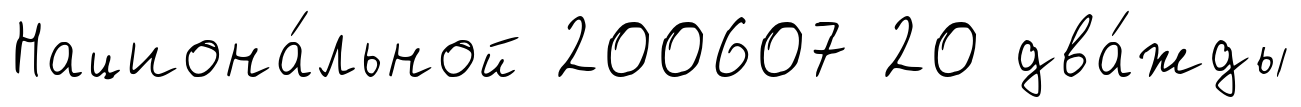
Национа́льной 200607 20 два́жды